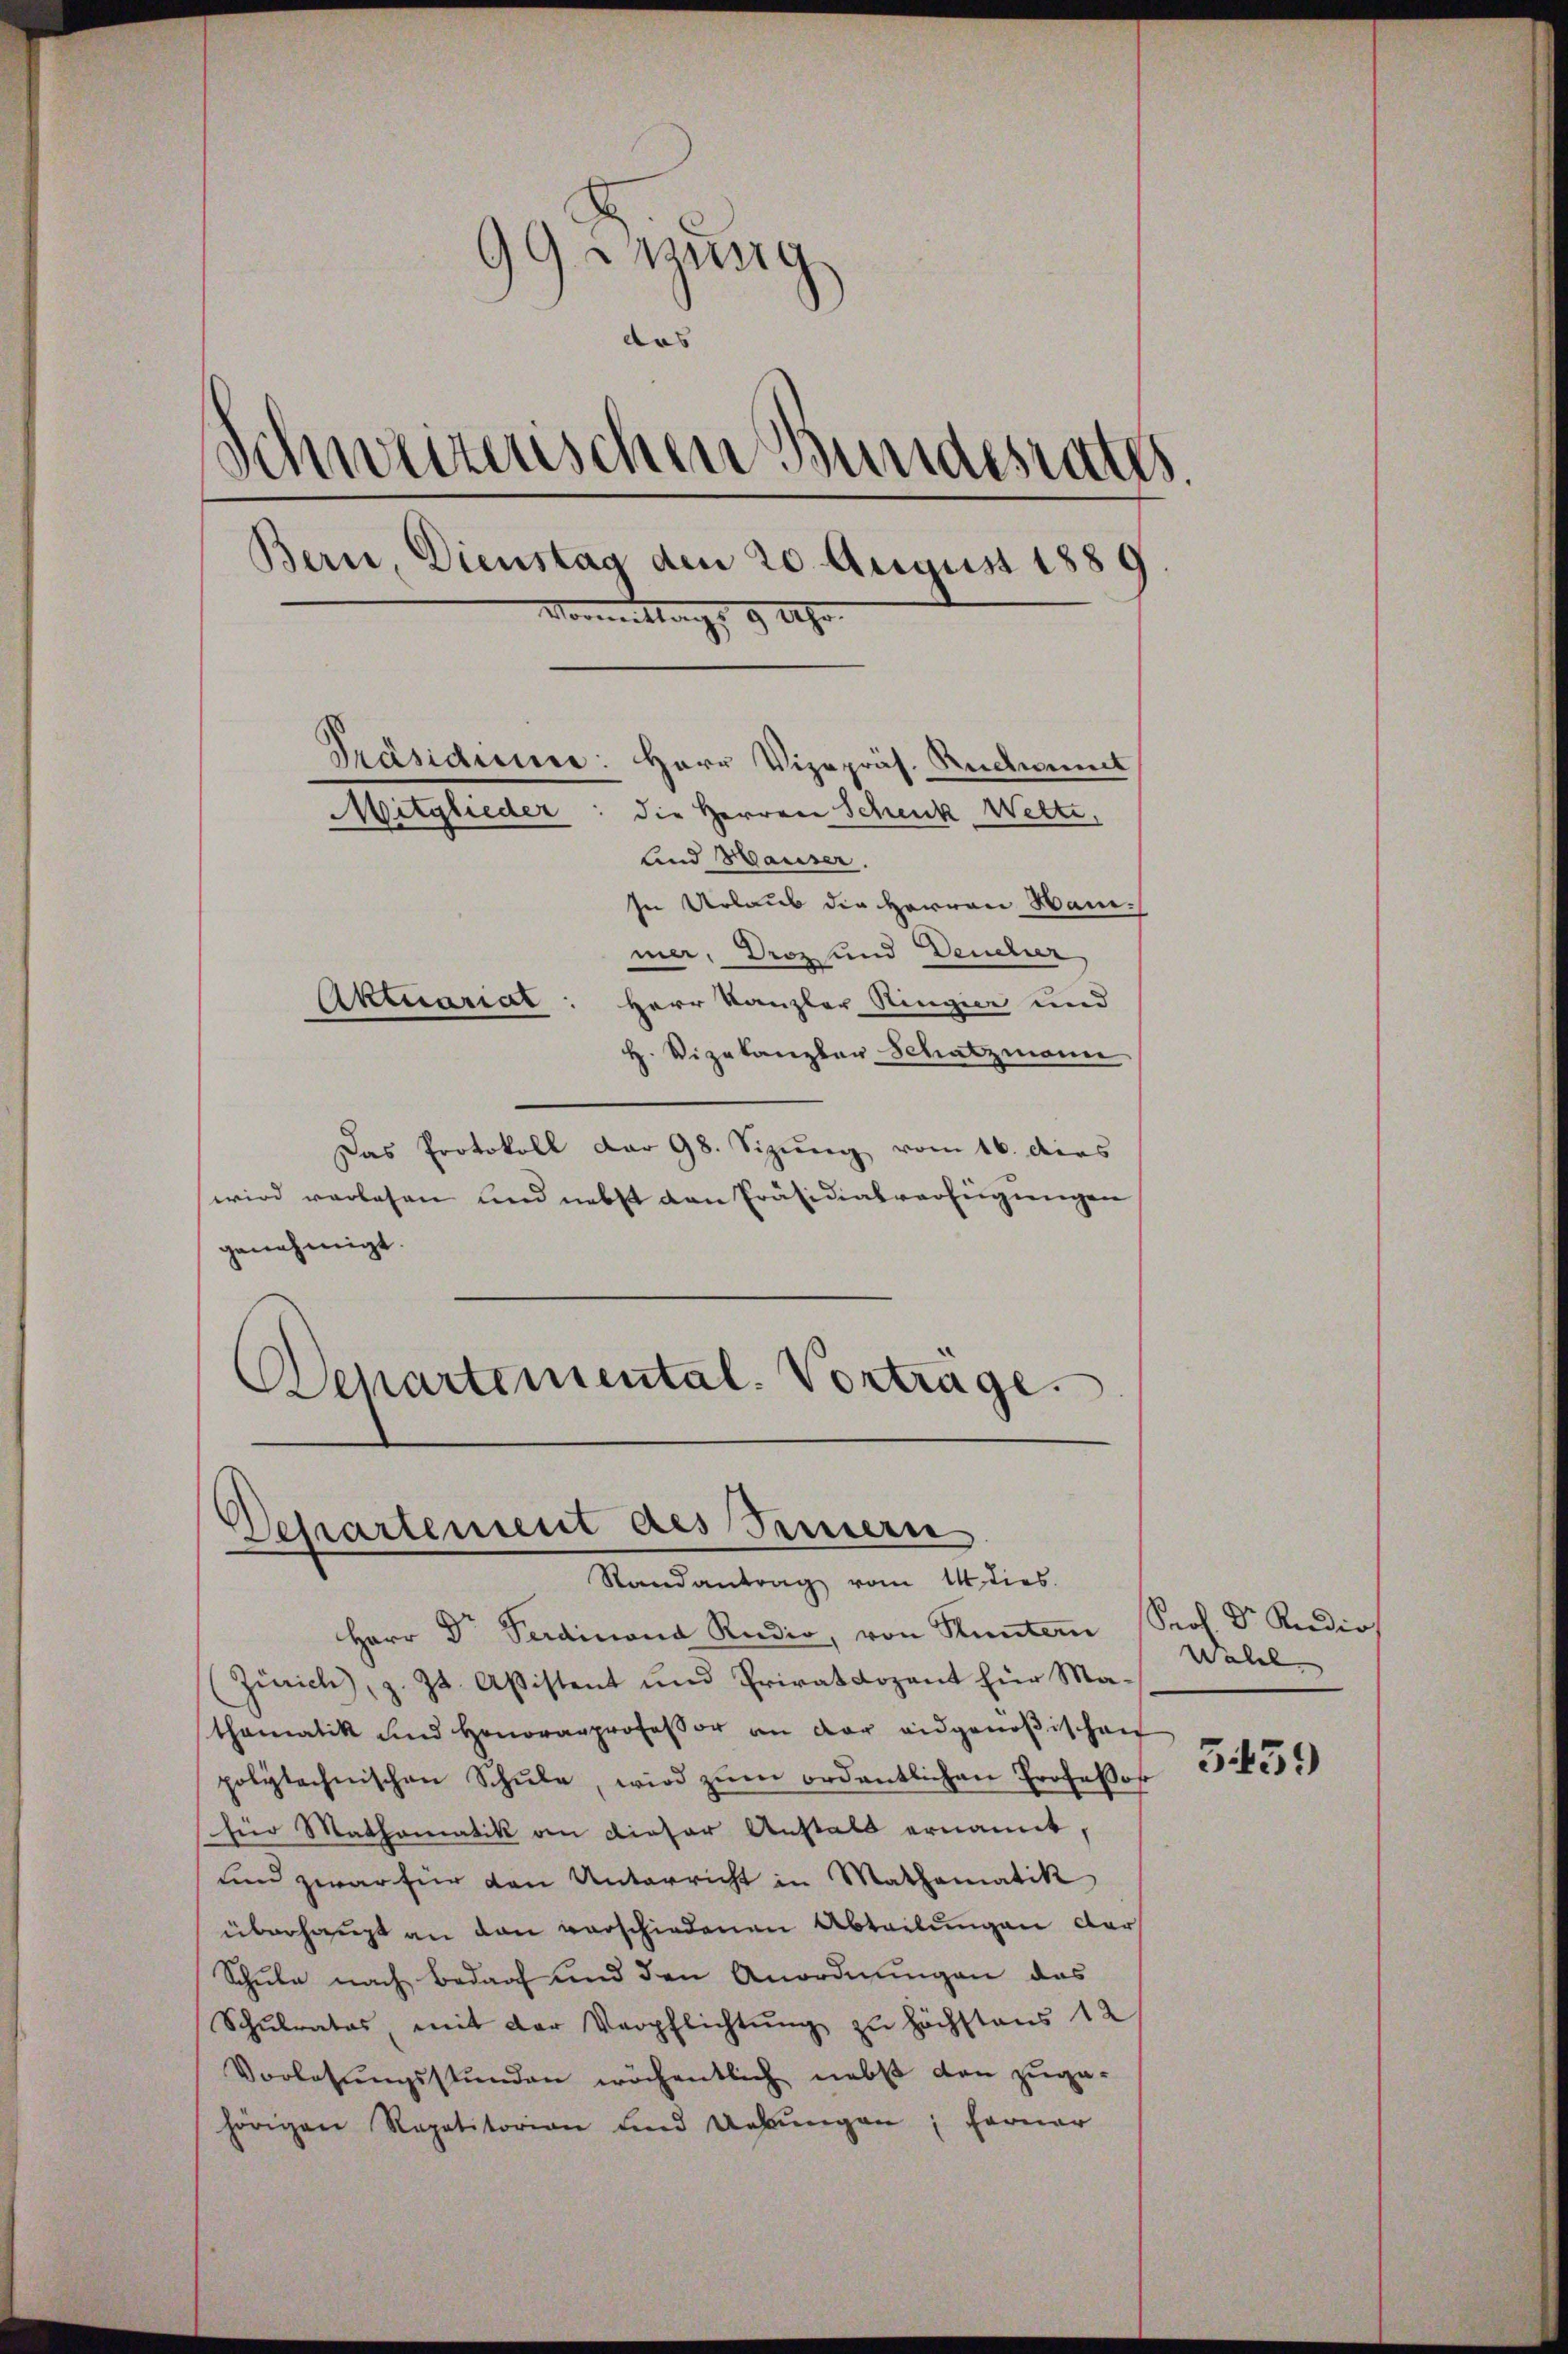
99. wenig
das
Schweizerischen Bundesrates.
Bern Dienstag den 20. August 1889
Vormittags 9 Uhr.
Präsidiere: Herr Vizepräs. Rudent
Mitglieder: die Herren Schenk Wette,
lnd Hauser.
In Urlaub die Herren Hanmer. Droz und Deucher
Herr Kanzler Ringier und
Aktuariat
H. Vizekanzler Schatzmann

Das Protokoll dar 98. Sizung vom 16. dies
wird verlesen und nebst den Präsidialverfügungen
genehmigt.
Departemental. Vorträge.

Departement des Innern
Randantrag vom 14. dies

Herr Dr Ferdinand Rudio, von Kuntern Prof. Dr. Rudios
(Zürich, z. Zt. Aßistent und Privatdozent für Mathamatik und Honorarprofessor an der eidgenößischen
polytechnischen Schŭle, wird zŭm ordentlichen Professor
hier Mathematik an dieser Anstals ernannt,
und zwar für den Unterricht in Mathematik
überhaupt an den verschiedenen Abteilungen dar
Schule nach Bedarf und den Anordnungen das
Schŭlrates, mit der Verpflichtŭng zu höchstens 12
Vorlesungsstunden wöchentlich nebst den zuge-
hörigen Repetitorian und Uebŭngen; ferner

Walel

5459